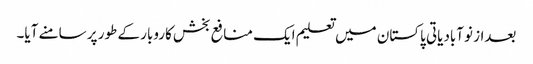
بعداز نوآبادیاتی پاکستان میں تعلیم ایک منافع بخش کاروبار کے طور پر سامنے آیا۔